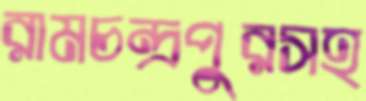
রামচন্দ্রপুরসহ